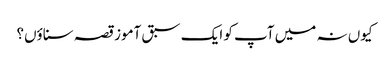
کیوں نہ میں آپ کو ایک سبق آموز قصہ سناؤں؟